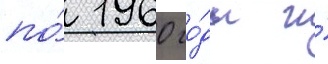
по́ 1960 го́ды и́